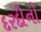
દરદીનો